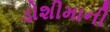
ડોશીમાની